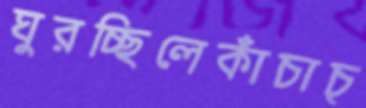
ঘুরচ্ছিলেকাঁচাচ্